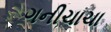
ગનીચાચા